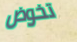
تخوض